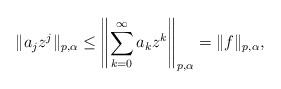
LaTeX: \begin{align*}\|a_j z^j\|_{p,\alpha}\leq \left\|\sum_{k=0}^\infty a_k z^k\right\|_{p,\alpha}=\|f\|_{p,\alpha},\end{align*}